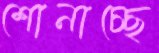
শোনাচ্ছে